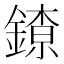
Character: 𨫜